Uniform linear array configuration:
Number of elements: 32
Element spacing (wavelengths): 1
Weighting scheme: kaiser
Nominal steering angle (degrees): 15
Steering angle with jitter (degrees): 13.825
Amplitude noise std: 0.05
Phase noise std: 0.05

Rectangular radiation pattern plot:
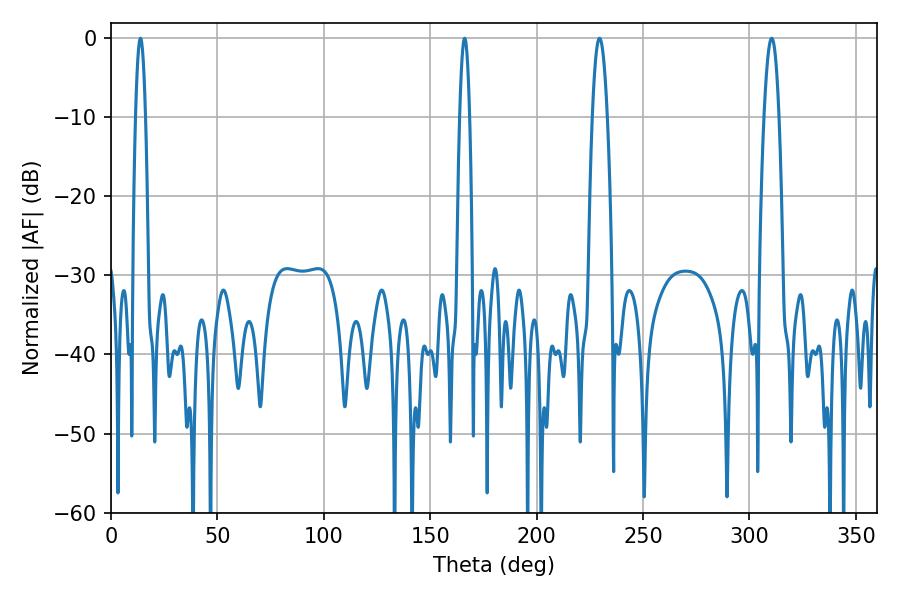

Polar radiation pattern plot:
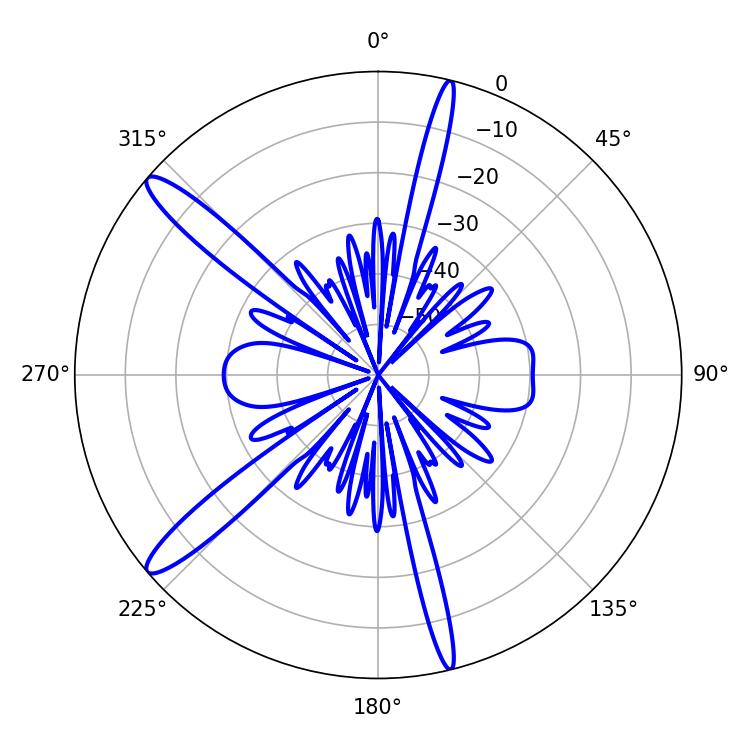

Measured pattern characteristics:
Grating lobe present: TRUE
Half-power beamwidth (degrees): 2.52
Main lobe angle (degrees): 166.14